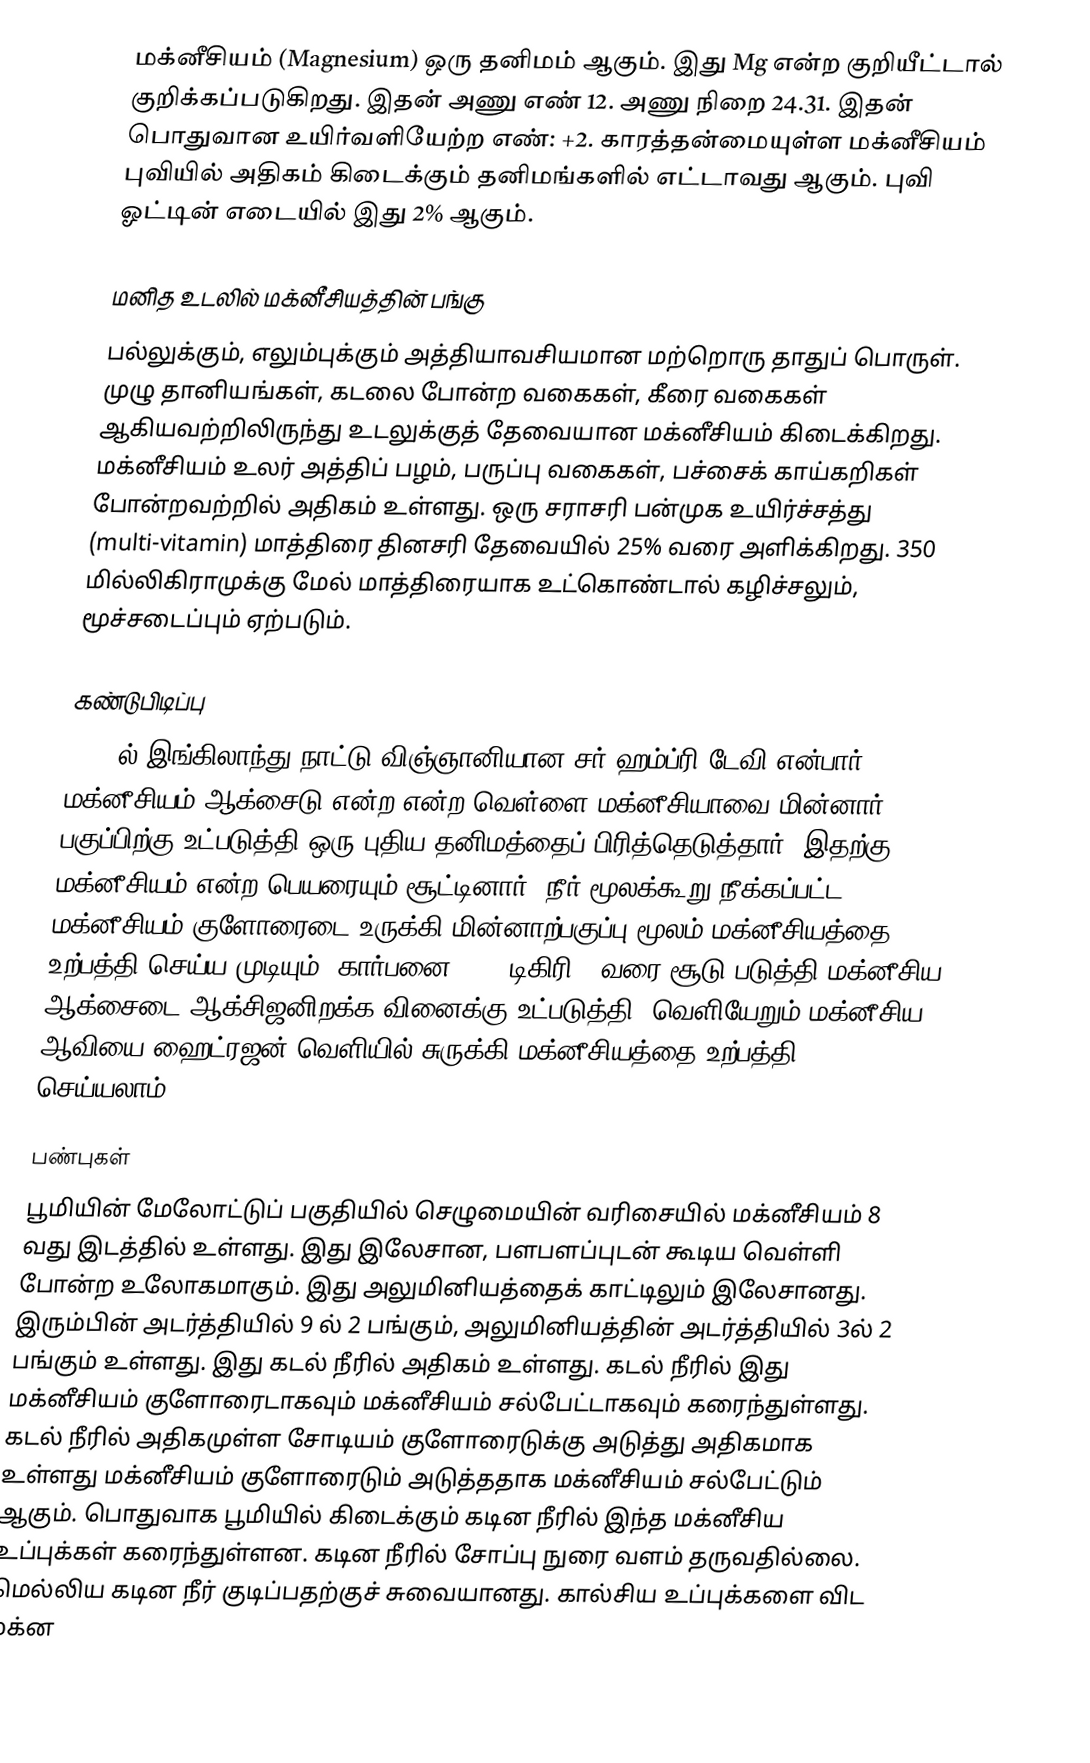
மக்னீசியம் (Magnesium) ஒரு தனிமம் ஆகும். இது Mg என்ற குறியீட்டால் குறிக்கப்படுகிறது. இதன் அணு எண் 12. அணு நிறை 24.31. இதன் பொதுவான உயிர்வளியேற்ற எண்: +2. காரத்தன்மையுள்ள மக்னீசியம் புவியில் அதிகம் கிடைக்கும்  தனிமங்களில் எட்டாவது ஆகும். புவி ஓட்டின் எடையில் இது 2% ஆகும்.

மனித உடலில் மக்னீசியத்தின் பங்கு
பல்லுக்கும், எலும்புக்கும் அத்தியாவசியமான மற்றொரு தாதுப் பொருள். முழு தானியங்கள், கடலை போன்ற வகைகள், கீரை வகைகள் ஆகியவற்றிலிருந்து உடலுக்குத் தேவையான மக்னீசியம் கிடைக்கிறது. மக்னீசியம் உலர் அத்திப் பழம், பருப்பு வகைகள், பச்சைக் காய்கறிகள் போன்றவற்றில் அதிகம் உள்ளது.  ஒரு சராசரி பன்முக உயிர்ச்சத்து (multi-vitamin) மாத்திரை தினசரி தேவையில் 25% வரை அளிக்கிறது. 350 மில்லிகிராமுக்கு மேல் மாத்திரையாக உட்கொண்டால் கழிச்சலும், மூச்சடைப்பும் ஏற்படும்.

கண்டுபிடிப்பு
1808 ல் இங்கிலாந்து நாட்டு விஞ்ஞானியான சர் ஹம்ப்ரி டேவி என்பார் மக்னீசியம் ஆக்சைடு என்ற என்ற வெள்ளை மக்னீசியாவை மின்னார் பகுப்பிற்கு உட்படுத்தி ஒரு புதிய தனிமத்தைப் பிரித்தெடுத்தார். இதற்கு மக்னீசியம் என்ற பெயரையும் சூட்டினார்.  நீர் மூலக்கூறு நீக்கப்பட்ட மக்னீசியம் குளோரைடை உருக்கி மின்னாற்பகுப்பு மூலம் மக்னீசியத்தை உற்பத்தி செய்ய முடியும். கார்பனை 2000 டிகிரி C வரை சூடு படுத்தி மக்னீசிய ஆக்சைடை ஆக்சிஜனிறக்க வினைக்கு உட்படுத்தி, வெளியேறும் மக்னீசிய ஆவியை ஹைட்ரஜன் வெளியில் சுருக்கி மக்னீசியத்தை உற்பத்தி செய்யலாம்.

பண்புகள்
பூமியின் மேலோட்டுப் பகுதியில் செழுமையின் வரிசையில் மக்னீசியம் 8 வது இடத்தில் உள்ளது.  இது இலேசான, பளபளப்புடன் கூடிய வெள்ளி போன்ற உலோகமாகும். இது அலுமினியத்தைக் காட்டிலும் இலேசானது. இரும்பின் அடர்த்தியில் 9 ல் 2 பங்கும், அலுமினியத்தின் அடர்த்தியில் 3ல் 2 பங்கும் உள்ளது. இது கடல் நீரில் அதிகம் உள்ளது. கடல் நீரில் இது மக்னீசியம் குளோரைடாகவும் மக்னீசியம் சல்பேட்டாகவும் கரைந்துள்ளது. கடல் நீரில் அதிகமுள்ள சோடியம் குளோரைடுக்கு அடுத்து அதிகமாக உள்ளது மக்னீசியம் குளோரைடும் அடுத்ததாக மக்னீசியம் சல்பேட்டும் ஆகும். பொதுவாக பூமியில் கிடைக்கும் கடின நீரில் இந்த மக்னீசிய உப்புக்கள் கரைந்துள்ளன. கடின நீரில் சோப்பு நுரை வளம் தருவதில்லை. மெல்லிய கடின நீர் குடிப்பதற்குச் சுவையானது. கால்சிய உப்புக்களை விட மக்ன